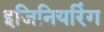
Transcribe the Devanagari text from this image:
इजिनियरिंग